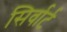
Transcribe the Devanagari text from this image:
सिर्वार्ट